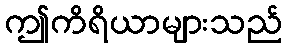
ဤကိရိယာများသည်